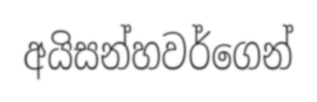
අයිසන්හවර්ගෙන්